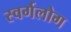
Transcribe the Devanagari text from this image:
स्वर्गलोग